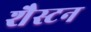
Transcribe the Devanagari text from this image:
शैस्टन